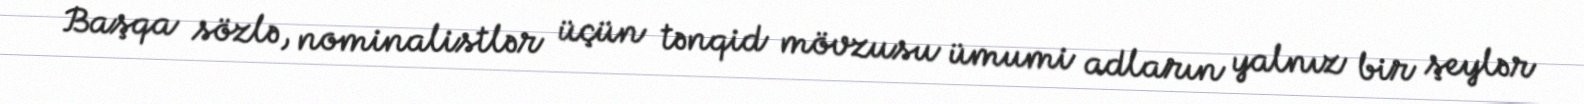
Başqa sözlə, nominalistlər üçün tənqid mövzusu ümumi adların yalnız bir şeylər